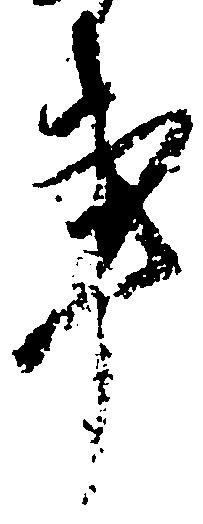
事